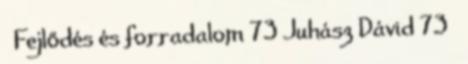
Fejlődés és forradalom 73 Juhász Dávid 73